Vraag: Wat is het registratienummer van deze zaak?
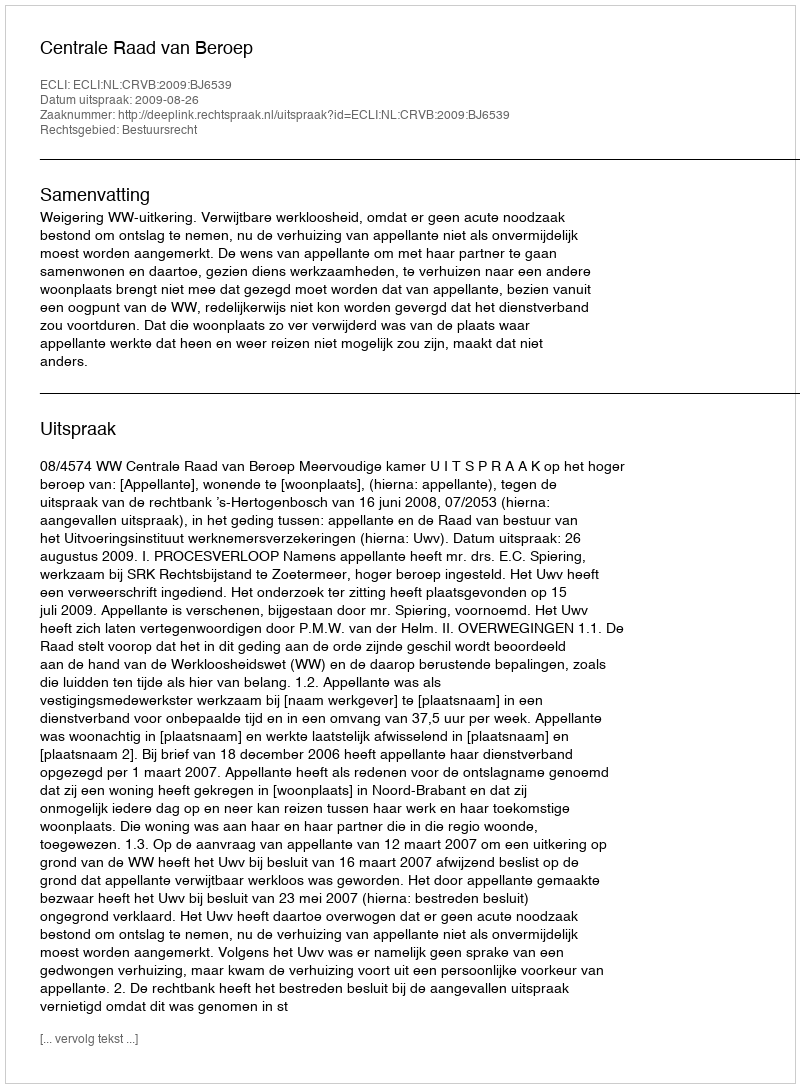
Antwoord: http://deeplink.rechtspraak.nl/uitspraak?id=ECLI:NL:CRVB:2009:BJ6539